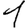
Digit: 1